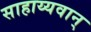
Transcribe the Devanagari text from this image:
साहाय्यवान्